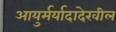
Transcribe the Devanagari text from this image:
आयुर्मर्यादादेखील